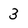
Character: 3